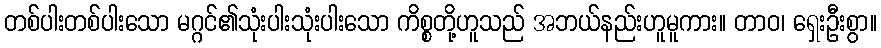
တစ်ပါးတစ်ပါးသော မဂ္ဂင်၏သုံးပါးသုံးပါးသော ကိစ္စတို့ဟူသည် အဘယ်နည်းဟူမူကား။ တာဝ၊ ရှေးဦးစွာ။